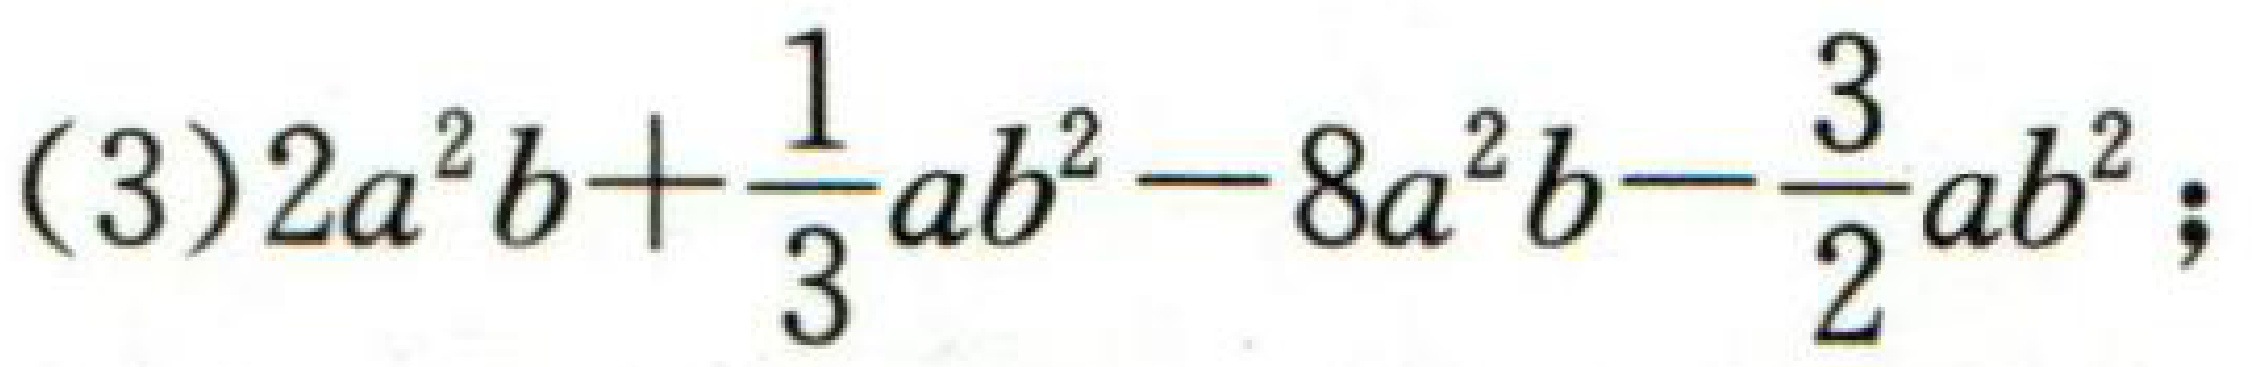
\((3)2a^{2}b+\frac{1}{3}ab^{2}-8a^{2}b-\frac{3}{2}ab^{2};\)